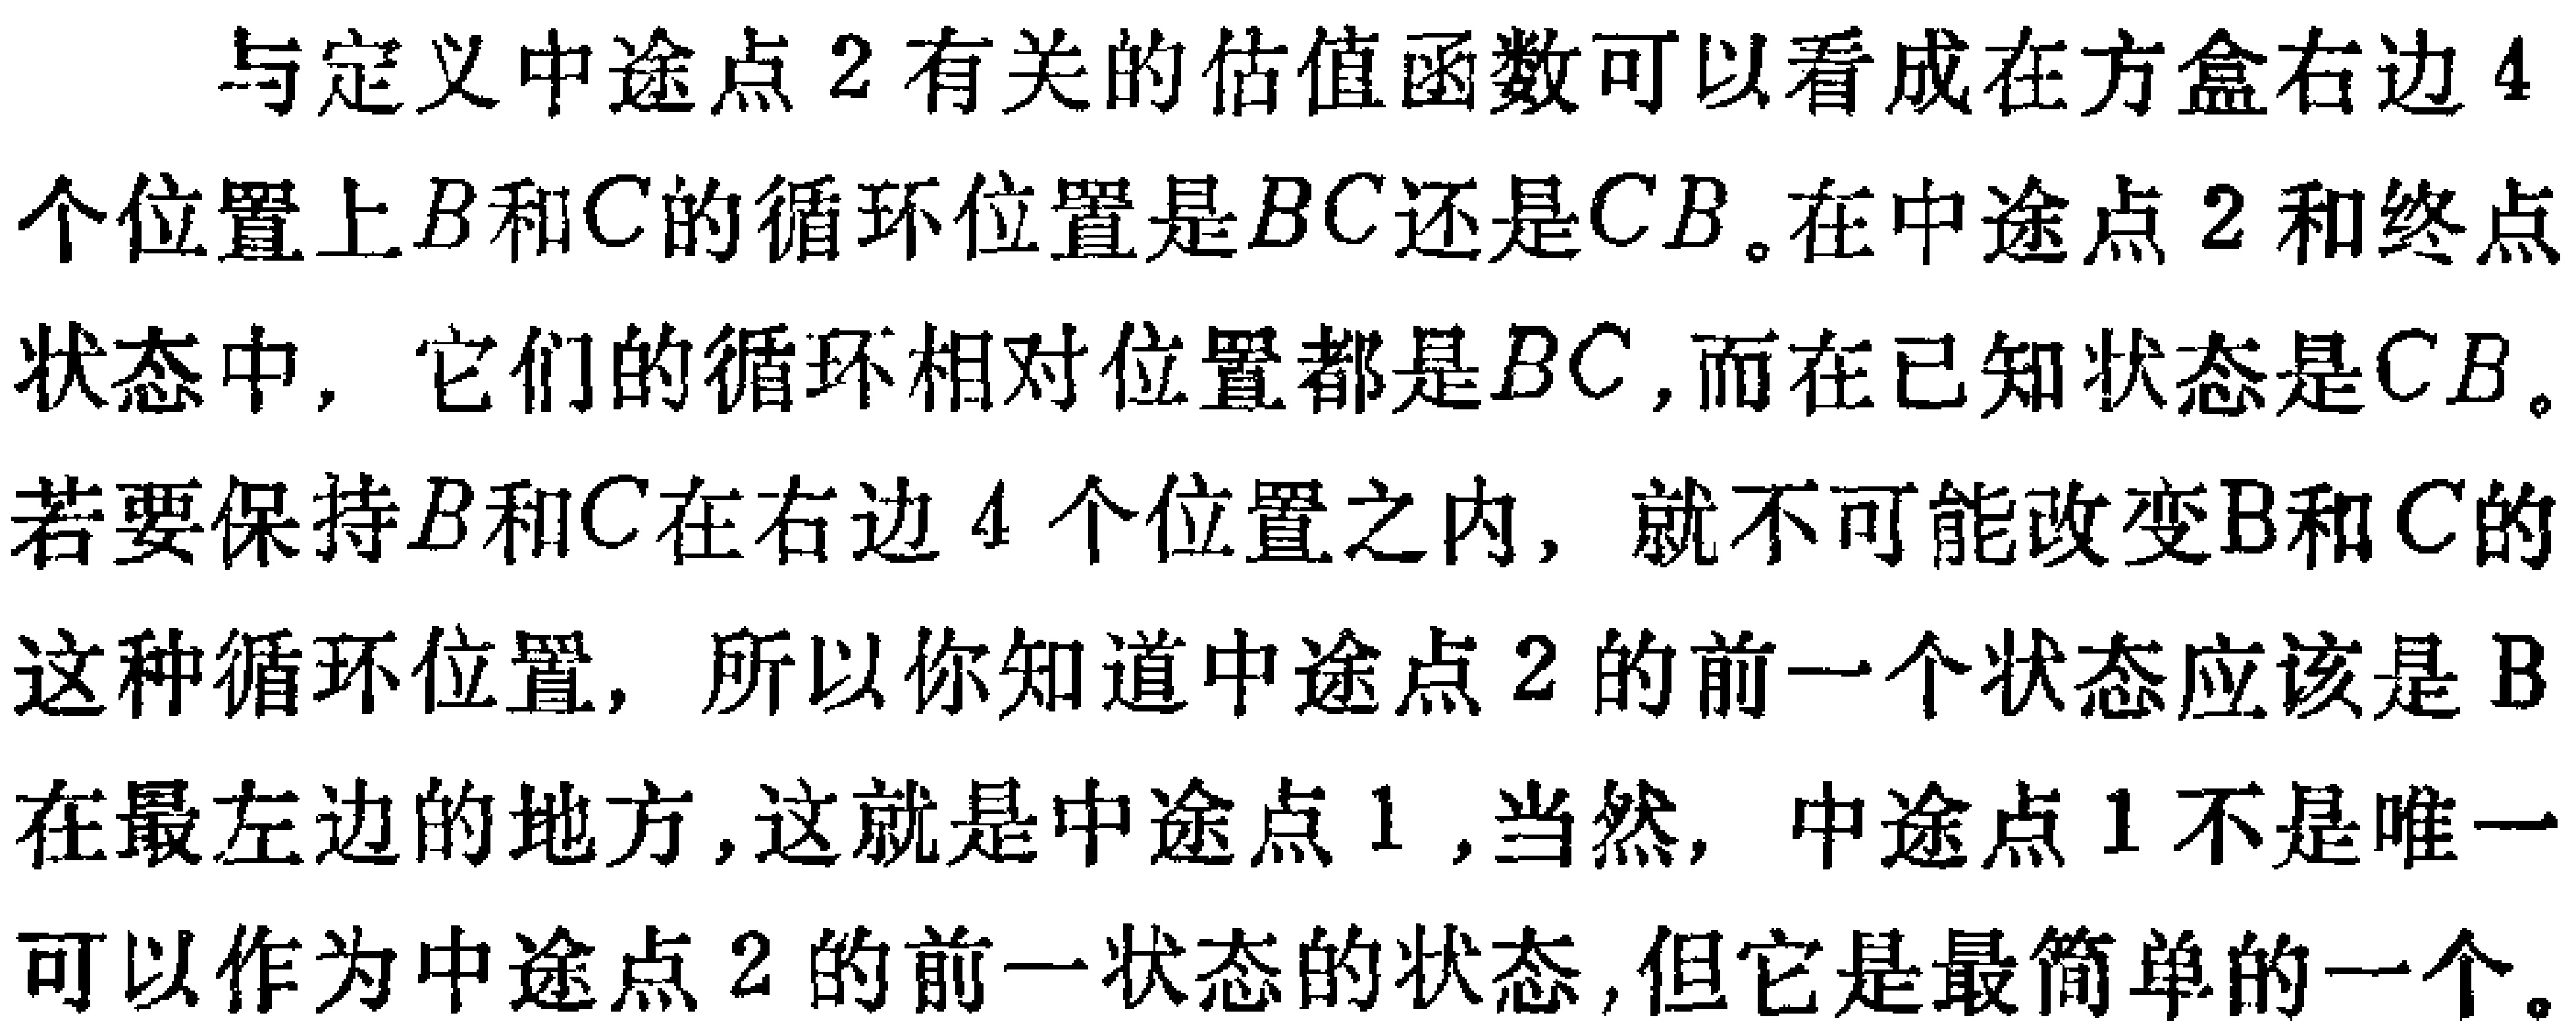
与定义中途点2有关的估值函数可以看成在方盒右边4个位置上\(B\)和\(C\)的循环位置是\(BC\)还是\(CB\)。在中途点2和终点状态中，它们的循环相对位置都是\(BC\)，而在已知状态是\(CB\)。若要保持\(B\)和\(C\)在右边4个位置之内，就不可能改变\(B\)和\(C\)的这种循环位置，所以你知道中途点2的前一个状态应该是\(B\)在最左边的地方，这就是中途点1，当然，中途点1不是唯一可以作为中途点2的前一状态的状态，但它是最简单的一个。